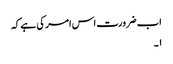
اب ضرورت اس امر کی ہے کہ
۱۔